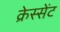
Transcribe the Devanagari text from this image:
क्रेस्सेंट